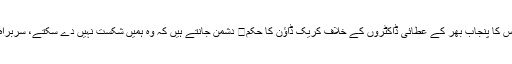
چیف جسٹس کا پنجاب بھر کے عطائی ڈاکٹروں کے خلاف کریک ڈاؤن کا حکم	 دشمن جانتے ہیں کہ وہ ہمیں شکست نہیں دے سکتے، سربراہ پاک فوج